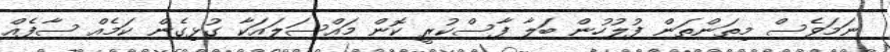
ނަމަވެސް މިތަންތަން ފުލުހުން ބަލާ ފާސްކުރީ ކޮން މައްސަލައަކާ ގުޅިގެން ކަމެއް ސާފެއް